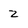
Character: 2